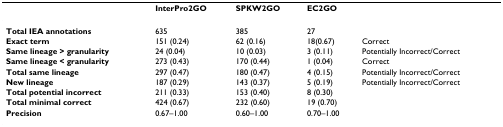
<table><thead><tr><td></td><td><b>InterPro2GO</b></td><td><b>SPKW2GO</b></td><td><b>EC2GO</b></td><td></td></tr></thead><tbody><tr><td><b>Total IEA annotations</b></td><td>635</td><td>385</td><td>27</td><td></td></tr><tr><td><b>Exact term</b></td><td>151 (0.24)</td><td>62 (0.16)</td><td>18(0.67)</td><td>Correct</td></tr><tr><td><b>Same lineage &gt; granularity</b></td><td>24 (0.04)</td><td>10 (0.03)</td><td>3 (0.11)</td><td>Potentially Incorrect/Correct</td></tr><tr><td><b>Same lineage &lt; granularity</b></td><td>273 (0.43)</td><td>170 (0.44)</td><td>1 (0.04)</td><td>Correct</td></tr><tr><td><b>Total same lineage</b></td><td>297 (0.47)</td><td>180 (0.47)</td><td>4 (0.15)</td><td>Potentially Incorrect/Correct</td></tr><tr><td><b>New lineage</b></td><td>187 (0.29)</td><td>143 (0.37)</td><td>5 (0.19)</td><td>Potentially Incorrect/Correct</td></tr><tr><td><b>Total potential incorrect</b></td><td>211 (0.33)</td><td>153 (0.40)</td><td>8 (0.30)</td><td></td></tr><tr><td><b>Total minimal correct</b></td><td>424 (0.67)</td><td>232 (0.60)</td><td>19 (0.70)</td><td></td></tr><tr><td><b>Precision</b></td><td>0.67–1.00</td><td>0.60–1.00</td><td>0.70–1.00</td><td></td></tr></tbody></table>